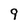
Character: 9